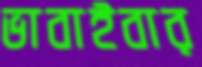
ভাবাইবার